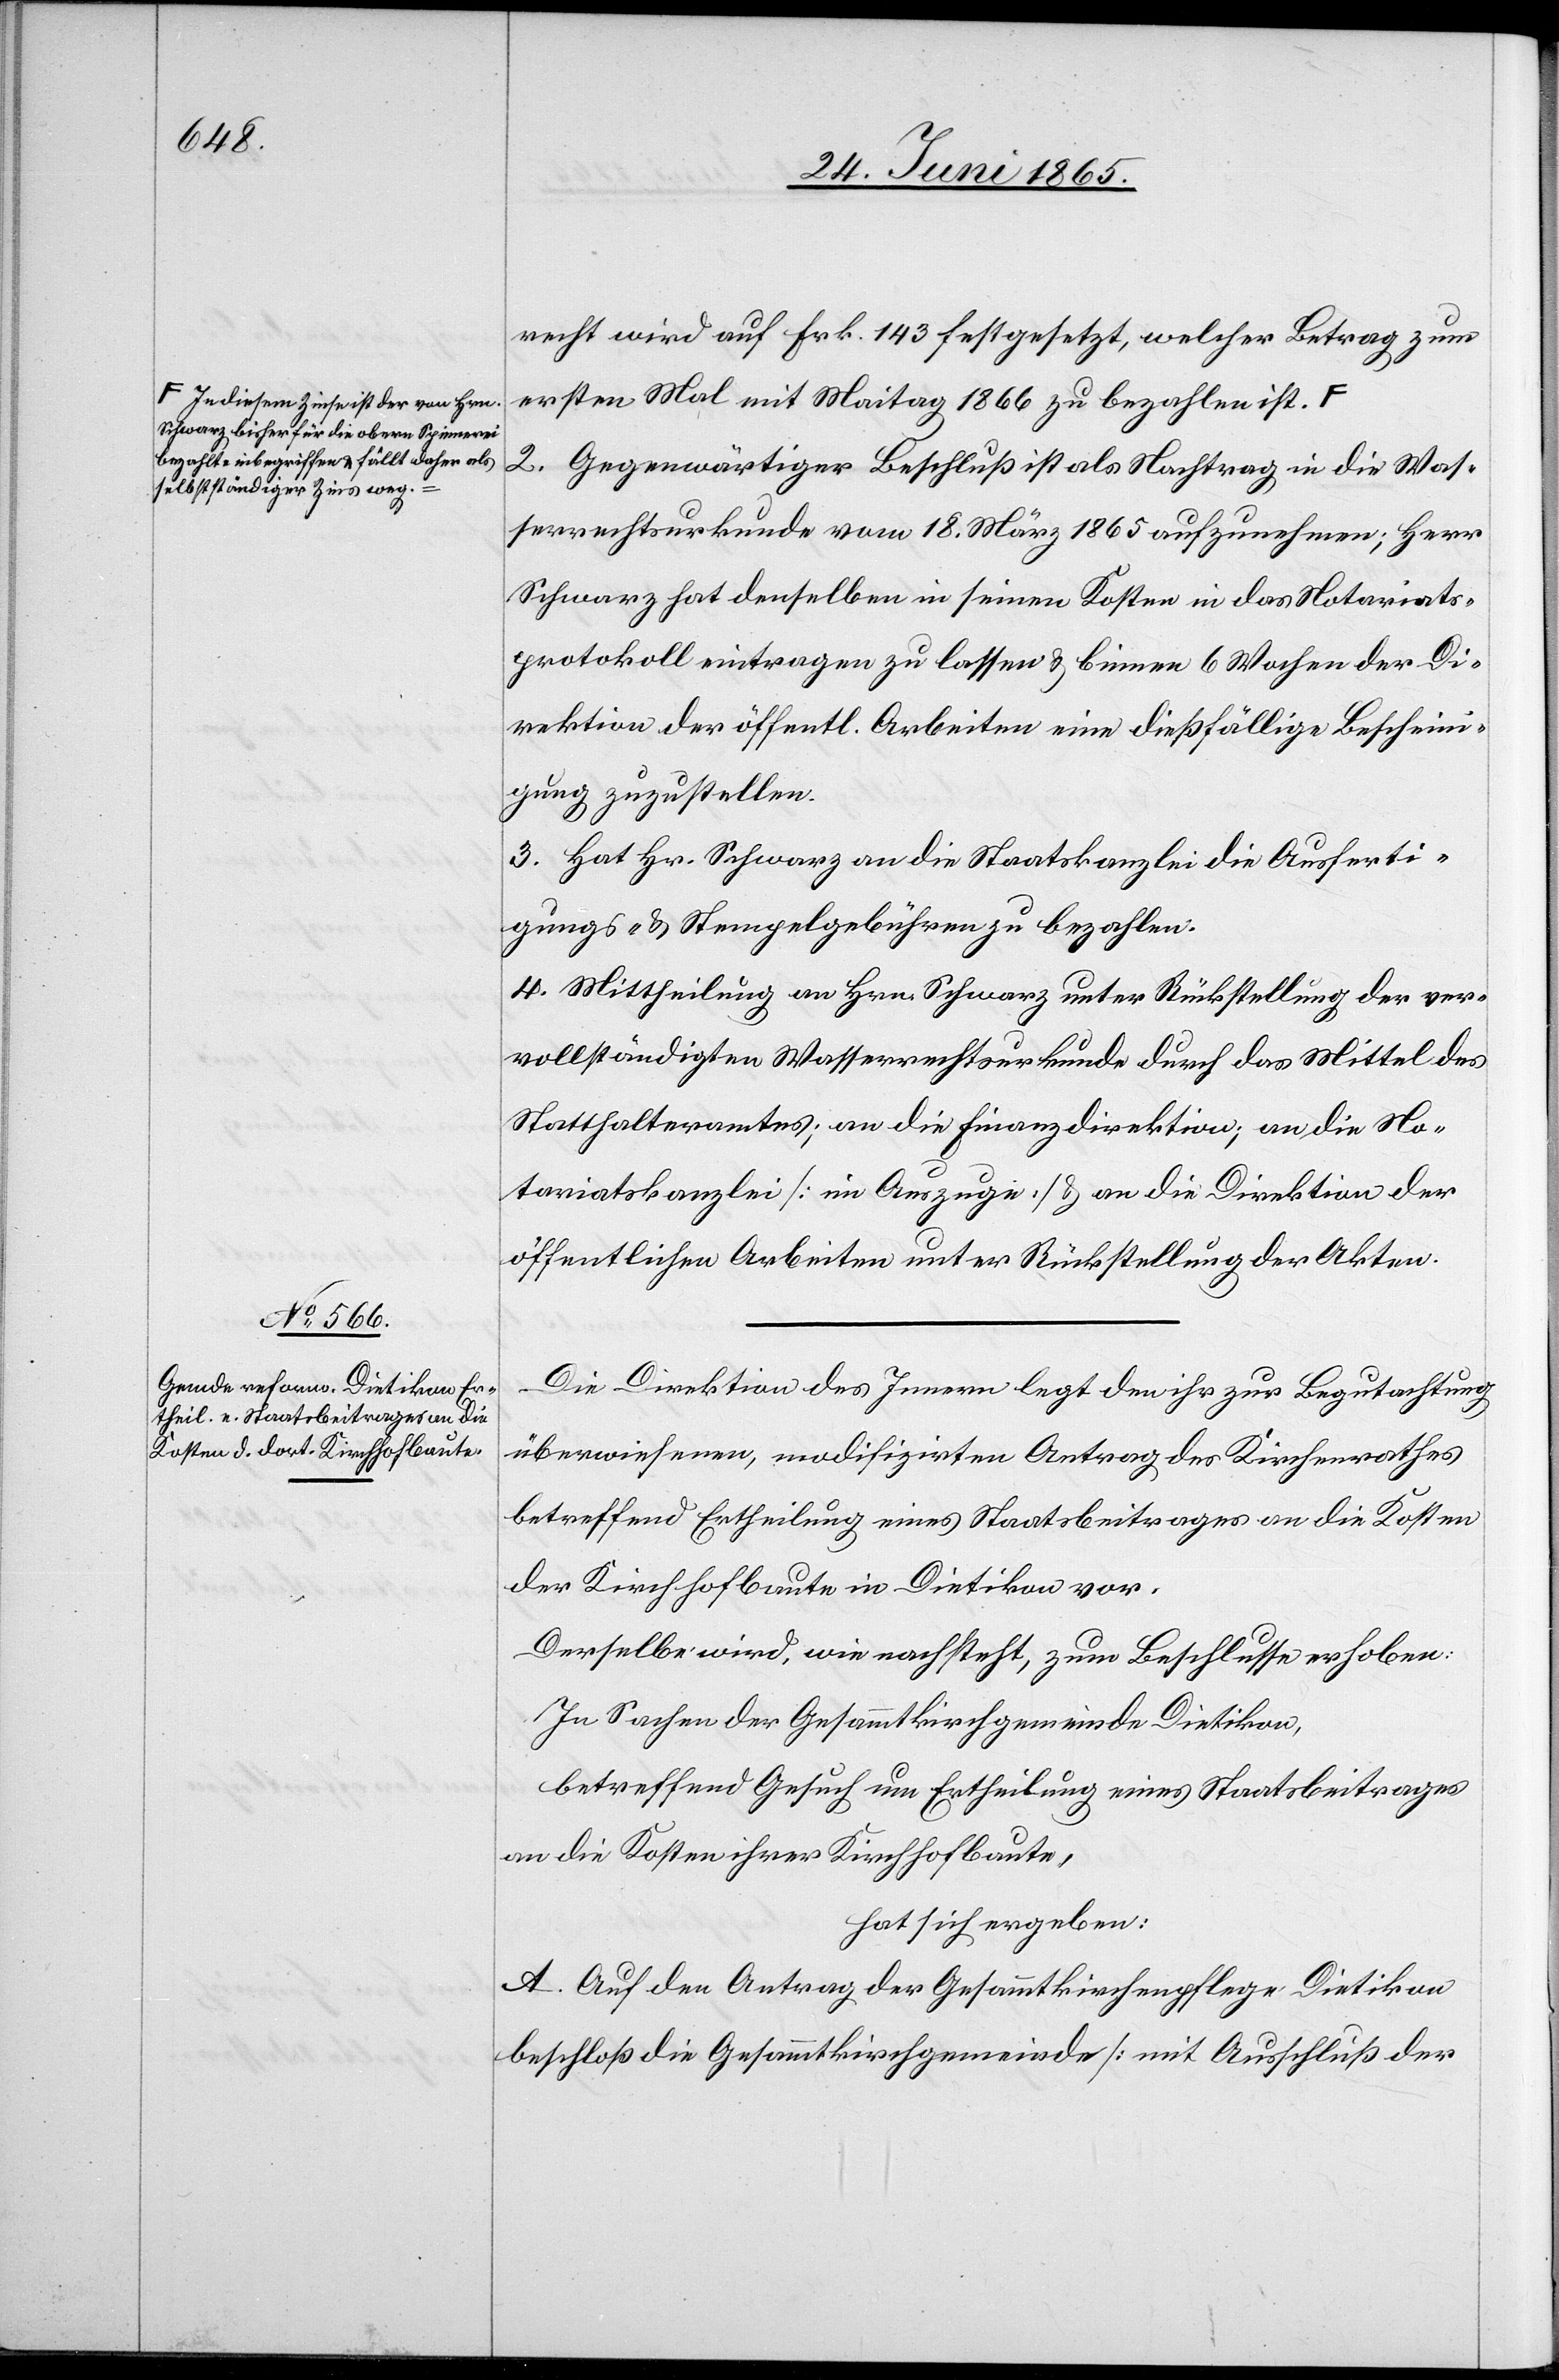
a-In diesem Zinse ist der von Hrn.
Schwarz bisher für die obere Spinnerei
bezahlte inbegriffen & fällt daher als
selbstständiger Zins weg.-a

recht wird auf Frk. 143 festgesetzt, welcher Betrag zum
ersten Mal mit Maitag 1866 zu bezahlen ist.
2. Gegenwärtiger Beschluß ist als Nachtrag in die Was¬
serrechtsurkunde vom 18. März 1865 aufzunehmen; Herr
Schwarz hat denselben in seinen Kosten in das Notariats¬
protokoll eintragen zu lassen & binnen 6 Wochen der Di¬
rektion der öffentl. Arbeiten eine dießfällige Bescheini¬
gung zuzustellen.
3. Hat Hr. Schwarz an die Staatskanzlei die Ausferti¬
gungs- & Stempelgebühren zu bezahlen.
4. Mittheilung an Hrn. Schwarz unter Rückstellung der ver¬
vollständigten Wasserrechtsurkunde durch das Mittel des
Statthalteramtes; an die Finanzdirektion; an die No¬
tariatskanzlei [im Auszuge] & an die Direktion der
öffentlichen Arbeiten unter Rückstellung der Akten.
Die Direktion des Innern legt den ihr zur Begutachtung
überwiesenen, modifizirten Antrag des Kirchenrathes
betreffend Ertheilung eines Staatsbeitrages an die Kosten
der Kirchhofbaute in Dietikon vor.
Derselbe wird, wie nachsteht, zum Beschlusse erhoben:
In Sachen der Gesammtkirchgemeinde Dietikon,
betreffend Gesuch um Ertheilung eines Staatsbeitrages
an die Kosten ihrer Kirchhofbaute,
hat sich ergeben:
A. Auf den Antrag der Gesammtkirchenpflege Dietikon
beschloß die Gesammtkirchgemeinde [mit Ausschluß der